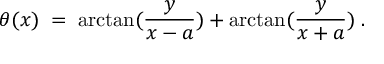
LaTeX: \theta ( x ) \; = \; \arctan ( \frac { y } { x - a } ) + \arctan ( \frac { y } { x + a } ) \; .